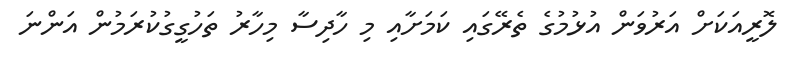
ލޮރީއަކަށް އަރުވަން އުޅުމުގެ ތެރޭގައި ކަމަށާއި މި ހާދިސާ މިހާރު ތަހުގީގުކުރަމުން އަންނަ